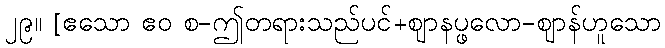
၂၉။ [ဧသော ဧဝ စ-ဤတရားသည်ပင်+ဈာနပ္ဖလော-ဈာန်ဟူသော